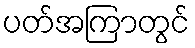
ပတ်အကြာတွင်